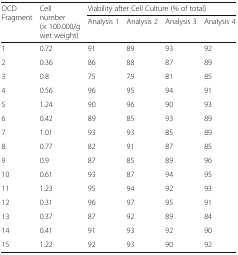
| <ROWSPAN=2> OCD Fragment | <ROWSPAN=2> Cell number (× 100.000/g wet weight) | <COLSPAN=4> Viability after Cell Culture (% of total) |
 | Analysis 1 | Analysis 2 | Analysis 3 | Analysis 4 |
 | --- | --- | --- | --- | --- | --- |
 | 1 | 0.72 | 91 | 89 | 93 | 92 |
 | 2 | 0.36 | 86 | 88 | 87 | 89 |
 | 3 | 0.8 | 75 | 79 | 81 | 85 |
 | 4 | 0.56 | 96 | 95 | 94 | 91 |
 | 5 | 1.24 | 90 | 96 | 90 | 93 |
 | 6 | 0.42 | 89 | 85 | 93 | 89 |
 | 7 | 1.01 | 93 | 93 | 85 | 89 |
 | 8 | 0.77 | 82 | 91 | 87 | 85 |
 | 9 | 0.9 | 87 | 85 | 89 | 96 |
 | 10 | 0.61 | 93 | 87 | 94 | 95 |
 | 11 | 1.23 | 95 | 94 | 92 | 93 |
 | 12 | 0.31 | 96 | 97 | 95 | 91 |
 | 13 | 0.37 | 87 | 92 | 89 | 84 |
 | 14 | 0.41 | 91 | 93 | 92 | 90 |
 | 15 | 1.22 | 92 | 93 | 90 | 92 |